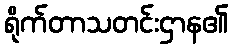
ရိုက်တာသတင်းဌာန၏